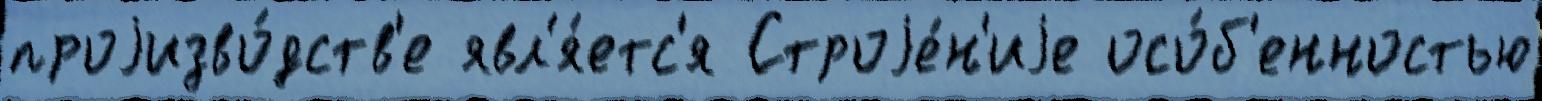
проjизво́дств'е явл'я́етс'я Строjе́н'иjе осо́б'енностью